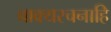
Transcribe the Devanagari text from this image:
वाक्यरचनाहि